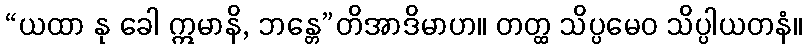
“ယထာ နု ခေါ ဣမာနိ, ဘန္တေ”တိအာဒိမာဟ။ တတ္ထ သိပ္ပမေဝ သိပ္ပါယတနံ။